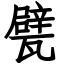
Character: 甓